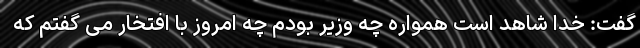
گفت: خدا شاهد است همواره چه وزیر بودم چه امروز با افتخار می گفتم که